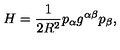
H = \frac { 1 } { 2 R ^ { 2 } } p _ { \alpha } g ^ { \alpha \beta } p _ { \beta } ,